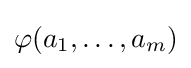
\varphi (a_{1},\ldots ,a_{m})